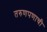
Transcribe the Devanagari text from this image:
तरुणपणाची